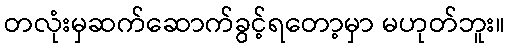
တလုံးမှဆက်ဆောက်ခွင့်ရတော့မှာ မဟုတ်ဘူး။